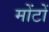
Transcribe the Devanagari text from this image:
मोंटों